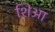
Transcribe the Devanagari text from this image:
शिआ